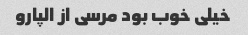
خیلی خوب بود مرسی از الپارو